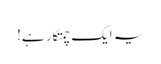
یہ ایک چمتکار ہے!